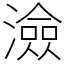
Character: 澰